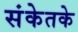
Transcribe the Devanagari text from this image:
संकेतके